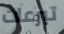
تبرعات